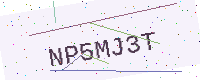
Text: NP5MJ3T